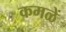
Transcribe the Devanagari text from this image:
कमळें